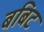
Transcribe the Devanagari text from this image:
बबिट